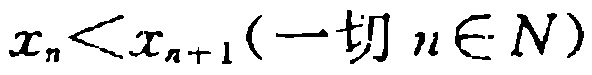
\(x_{n}<x_{n + 1}(\text{一切 }n\in N)\)